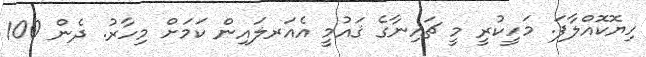
ހިޔޮކޮއްލާފަަ. މަހީކުރީ މީ ޗައިނާގެ ޤައުމީ އެއަރލައިން ކަމަށް މިހާރު. ދެން 100